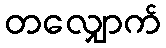
တလျှောက်